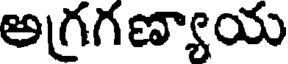
అగ్రగణ్యాయ